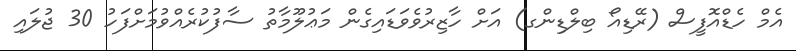
އެމް ހެޑްއޮފީސް (ރޭޑިއޯ ބިލްޑިންގ) އަށް ހާޒިރުވެވަޑައިގެން މަޢުލޫމާތު ސާފުކުރެއްވުމަށްފަހު 30 ޖުލައި